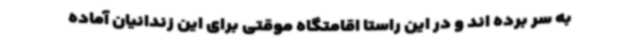
به سر برده اند و در این راستا اقامتگاه موقتی برای این زندانیان آماده